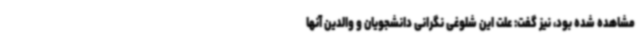
مشاهده شده بود، نیز گفت: علت این شلوغی نگرانی دانشجویان و والدین آنها